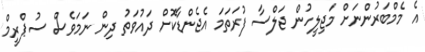
އެ މެމްބަރުންނަށް މަޖިލީހުން ޖަލްސާ ފުރަތަމަ އެޖެންޑާކޮށް ދައުވަތު ދިން ނަމަވެސް ސުޕްރީމް